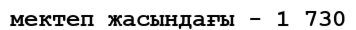
мектеп жасындағы - 1 730